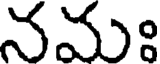
నమః